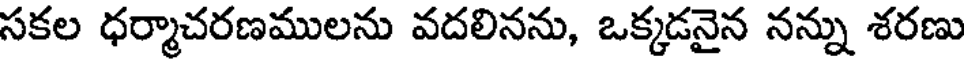
సకల ధర్మాచరణములను వదలినను, ఒక్కడనైన నన్ను శరణు